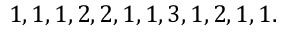
\begin{array} { r } { 1 , 1 , 1 , 2 , 2 , 1 , 1 , 3 , 1 , 2 , 1 , 1 . } \end{array}